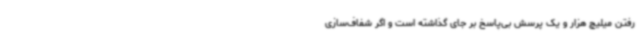
رفتن میلیچ هزار و یک پرسش بی‌پاسخ بر جای گذاشته است و اگر شفاف‌سازی